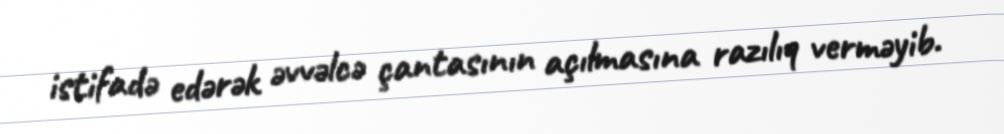
istifadə edərək əvvəlcə çantasının açılmasına razılıq verməyib.